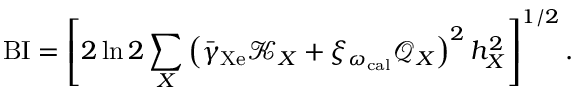
\mathrm { B I } = \left[ 2 \ln 2 \sum _ { X } \left( \bar { \gamma } _ { \mathrm { X e } } \mathcal { K } _ { X } + \xi _ { \omega _ { \mathrm { c a l } } } \mathcal { Q } _ { X } \right) ^ { 2 } h _ { X } ^ { 2 } \right] ^ { 1 / 2 } .